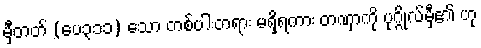
မှီတတ် (ပေ၃၁၁) သော တစ်ပါးတရား မရှိရကား တဏှာကို ပုဂ္ဂိုလ်မှီ၏ ဟု